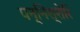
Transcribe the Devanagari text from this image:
पन्निश्शेरि